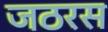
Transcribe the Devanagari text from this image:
जठरस